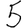
Digit: 5